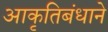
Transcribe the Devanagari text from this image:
आकृतिबंधाने